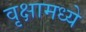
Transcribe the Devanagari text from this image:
वृक्षामध्ये